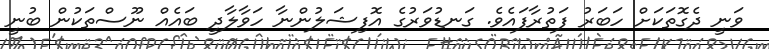
ވަނީ ދެގޮތަކަށް ހަބަރު ފަތުރާފައެވެ. ގަނޑުވަރުގެ އޮފިޝަލުންނާ ހަވާލާދީ ބައެއް ނޫސްތަކުން ބުނީ